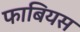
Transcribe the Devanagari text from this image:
फाबियस